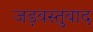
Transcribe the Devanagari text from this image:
जड़वस्तुवाद